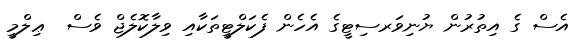
އެސް ގެ އިތުރުން ޔުނިވަރސިޓީގެ އެހެން ފެކަލްޓީތަކާއި ވިލާކޮލެޖް ވެސް  ޢިލްމީ